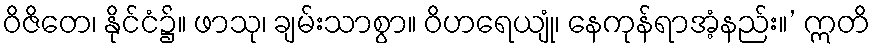
ဝိဇိတေ၊ နိုင်ငံ၌။ ဖာသု၊ ချမ်းသာစွာ။ ဝိဟရေယျုံ၊ နေကုန်ရာအံ့နည်း။’ ဣတိ